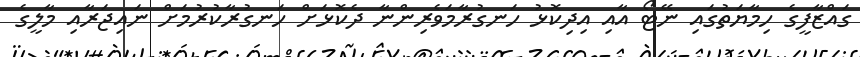
ގައްޒާފީގެ ހިމާޔަތުގައި ނޭޓޯ އާއި އިދިކޮޅު ހަނގުރާމަވެރިންނާ ދެކޮޅަށް ހަނގުރާކުރުމަށް ނައިޖަރާއި މާލީގެ